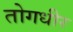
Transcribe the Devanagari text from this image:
तोगधीर